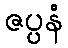
ဇပ္ပနံ